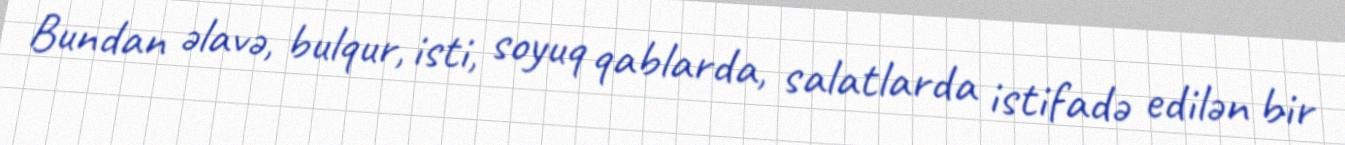
Bundan əlavə, bulqur, isti, soyuq qablarda, salatlarda istifadə edilən bir